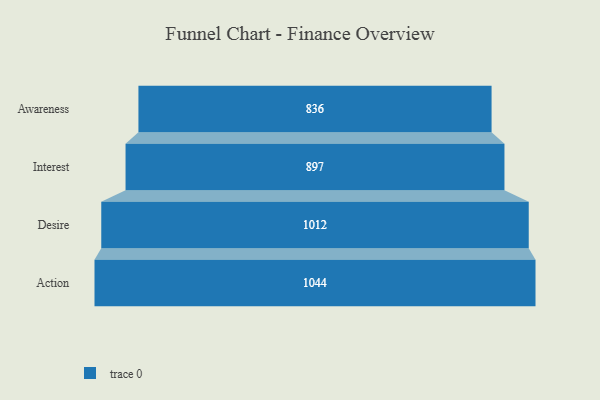
{"axis": {"x": "Stage", "y": "Value"}, "legend": [""], "data": [{"x": "Awareness", "y": 836.0, "type": ""}, {"x": "Interest", "y": 897.0, "type": ""}, {"x": "Desire", "y": 1012.0, "type": ""}, {"x": "Action", "y": 1044.0, "type": ""}]}